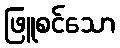
ဖြူစင်သော